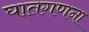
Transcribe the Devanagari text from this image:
घातगणना